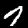
Digit: 7